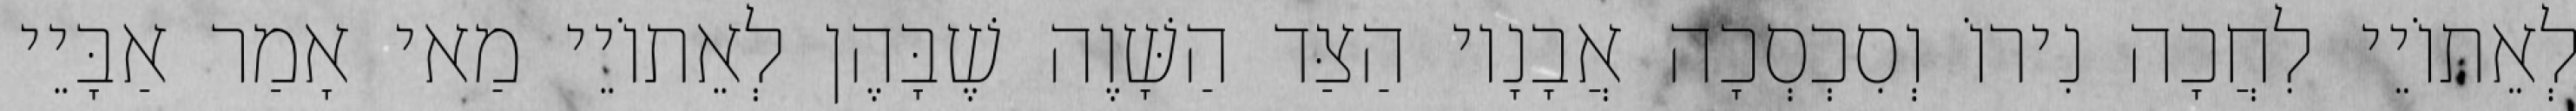
לְאֵתוֹיֵי לִחֲכָה נִירוֹ וְסִכְסְכָה אֲבָנָיו הַצַּד הַשָּׁוֶה שֶׁבָּהֶן לְאֵתוֹיֵי מַאי אָמַר אַבָּיֵי